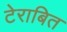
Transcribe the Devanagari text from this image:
टेराबित